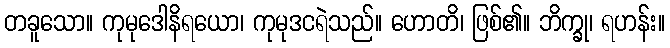
တခူသော။ ကုမုဒေါနိရယော၊ ကုမုဒငရဲသည်။ ဟောတိ၊ ဖြစ်၏။ ဘိက္ခု၊ ရဟန်း။